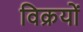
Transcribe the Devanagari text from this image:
विक्रयों